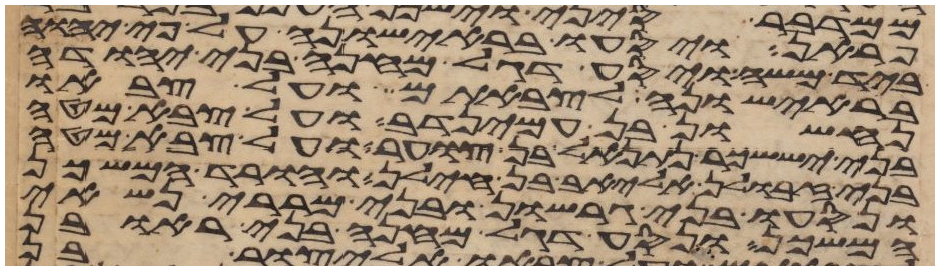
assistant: פראן ויסעו בראישונה על פי יהוה
ביד משה ויסע דגל מחנה בני יהודה
בראישונה לצבאתם ועל צבאו
נחשון בן עמינדב ועל צבא מטה
בני יששכר נתנאל בן צוער ועל צבא מטה
בני זבולן אליאב בן חילן והורד המשכן
ונסעו בני גרשון ובני מררי נשאי
המשכן ונסע דגל מחנה בני ראובן